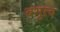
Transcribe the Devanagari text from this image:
बभुत्व